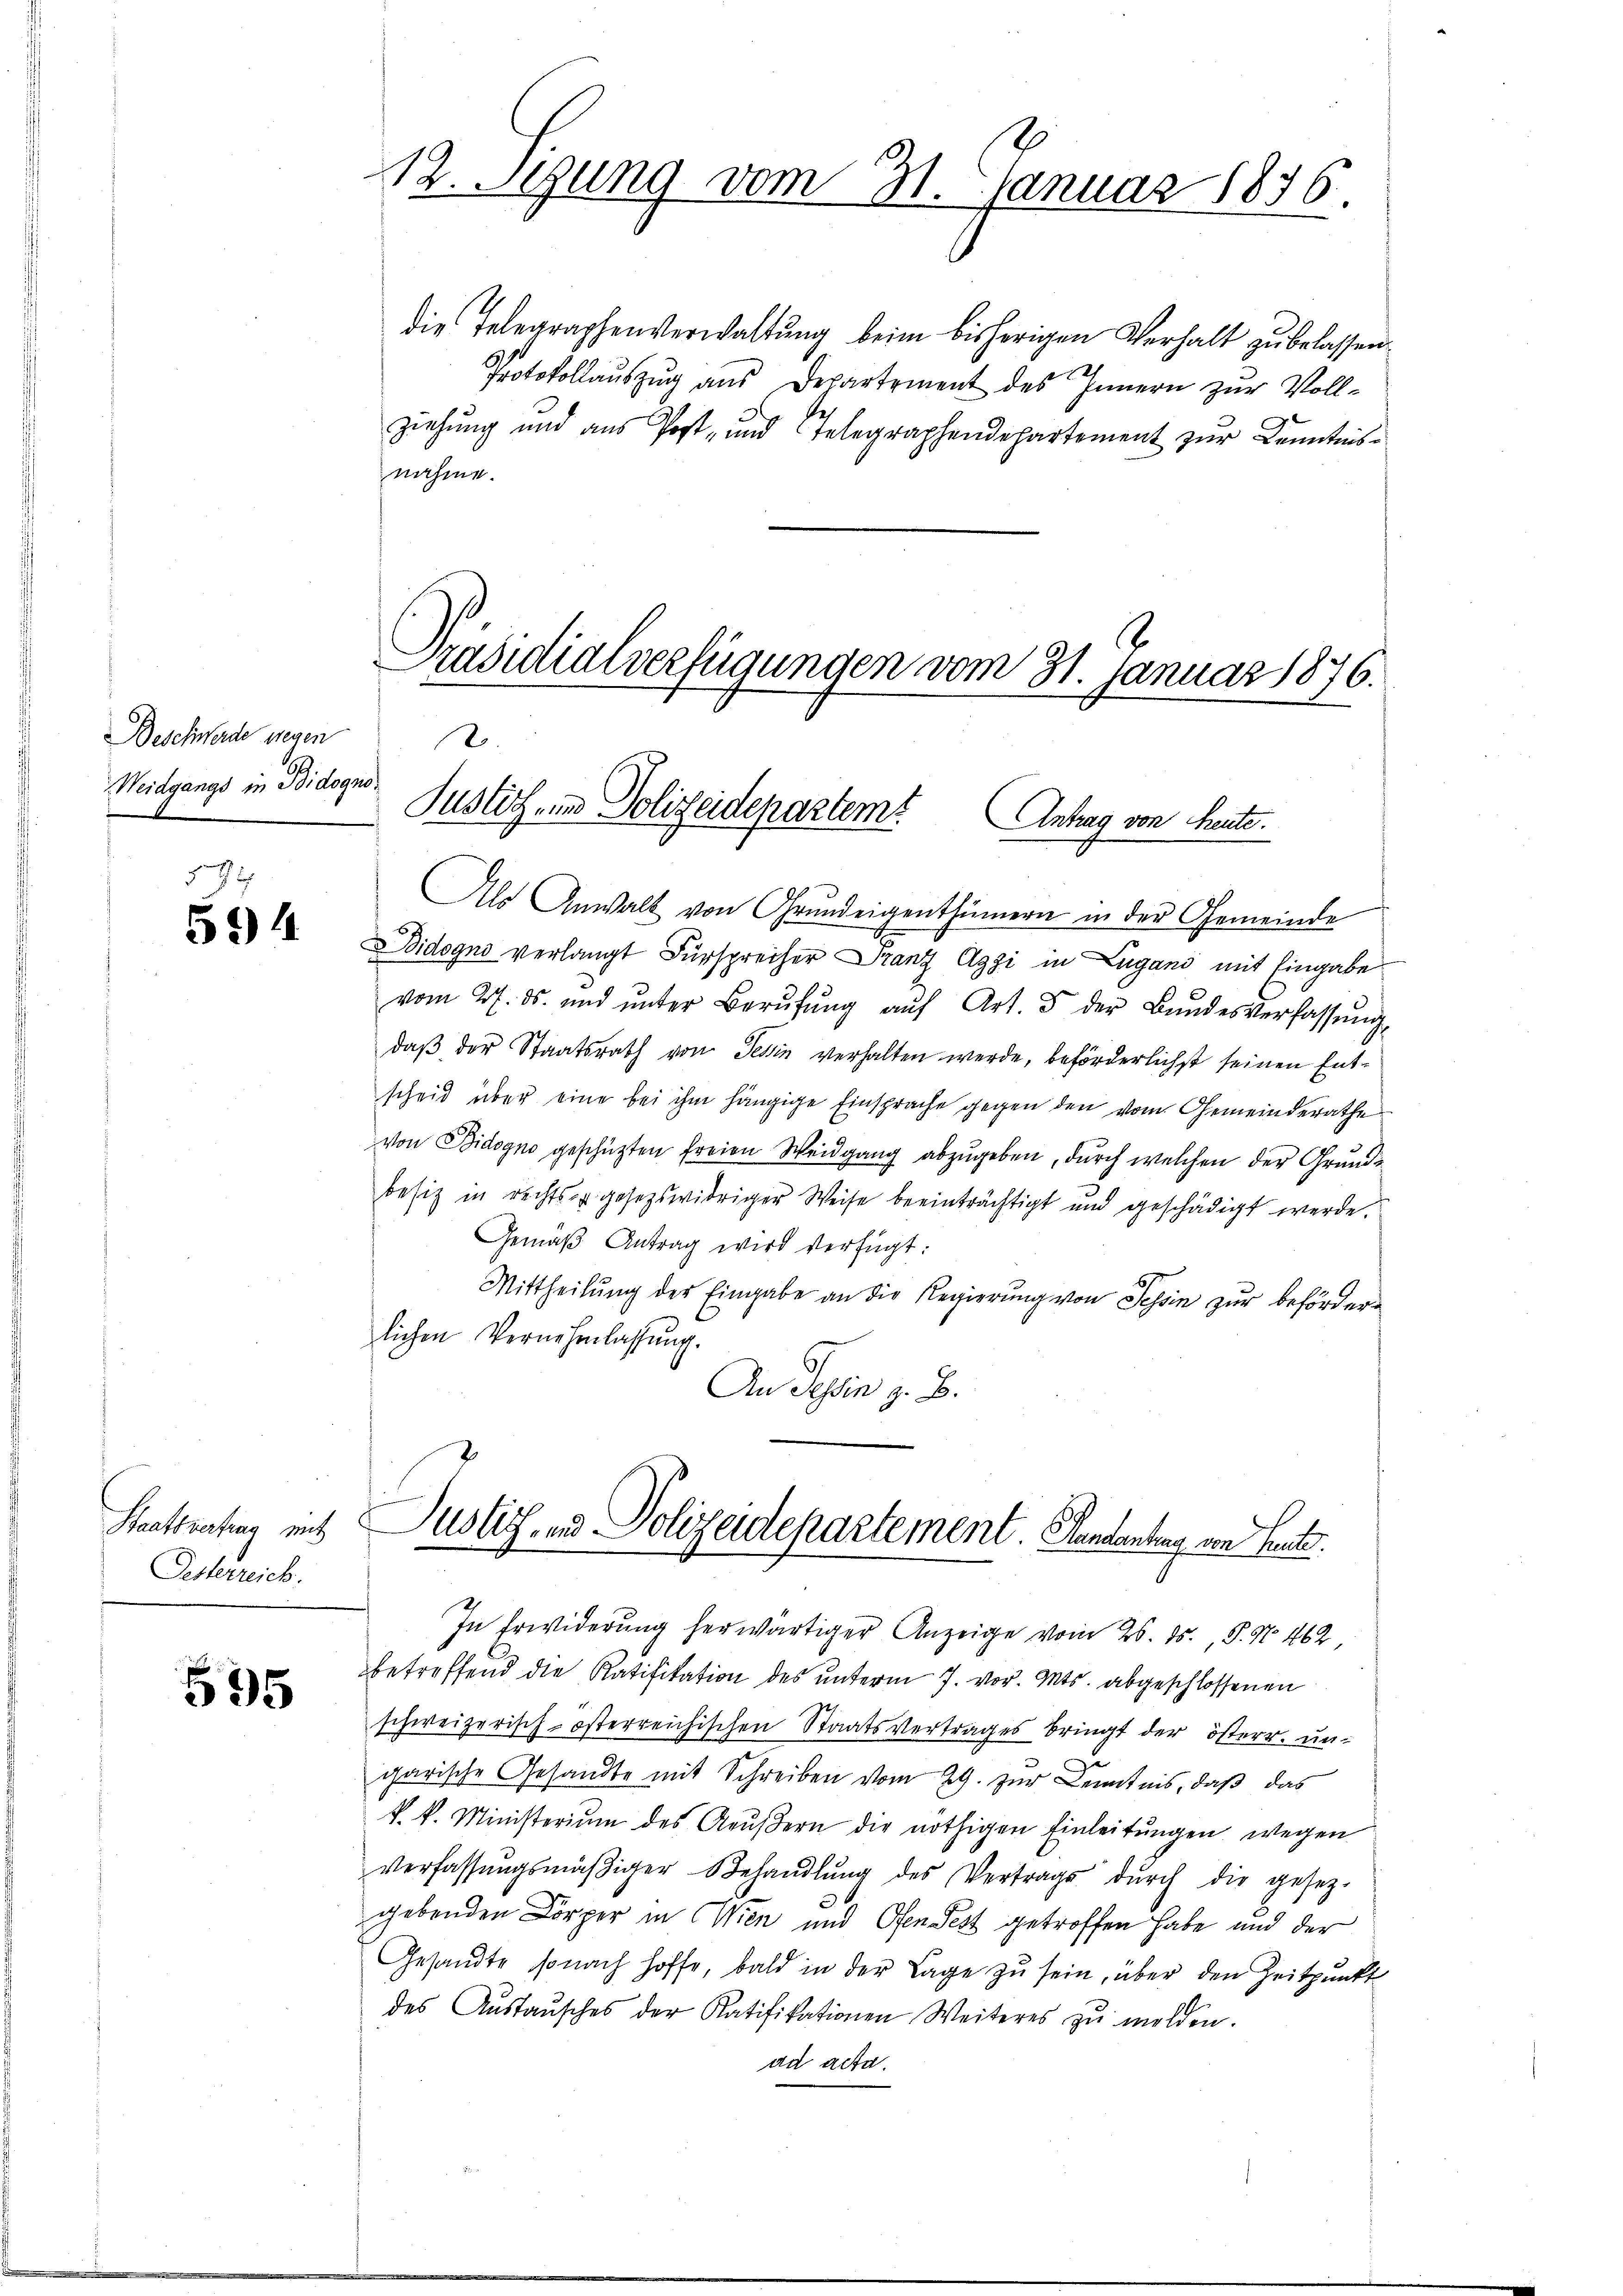
Beschwerde wegen
Weidgangs in Bidogno

598
594

Staatsvertung mit
Oesterreich.

535

die Telegraphenverwaltŭng beim bisherigen Verhalt zu belassen.
Protokollaŭszŭg ans Departement des Innern zur Voll-
ziehung und aus Post- und Telegraphendepartement zur Kenntnisnahme.
Präsidialverfügungen vom 31. Januar 1876.

12. Seung vom 31. Januar 1836.

.
Justiz- und Polizeidepartem Antrag von Heute.

Als Anwalt von Grundeigenthümern in der Gemeinde
Didogno verlangt Fürsprecher Franz Aggi in Lugano mit Eingabe
vom 27. ds. und ŭnter Berŭfŭng aŭf Art. 5 der Bŭndesverfassŭng
daß der Staatsrath von Tessin verhalten werde, beförderlichst seinen Entscheid über eine bei ihm hängige Einsprache gegen den vom Gemeinderathe
von Didogno geschüzten freien Weidgang abzugeben, durch welchen der Grundbesitz in rechts gesetztwidriger Weise beeinträchtigt und geschädigt werde.
Gemäβ Antrag wird verfügt:
Mittheilŭng der Eingabe an die Regierŭng von Tessin zŭr beförderlichen Vernehmlassung.
An Dein z. B.
Justiz- und Polizeidepartement. Handantung von Leute.
In Erwiderung herwärtiger Anzeige vom 26. ds., P. Nr. 462
betreffend die Ratifikation des unterm 7. vor. Mts. abgeschlossenen
schweizerisch-österreichischen Staatsvertrages bringt der österr. un-
garische Gesandte mit Schreiben vom 29. zur Kenntnis, daß das
k. k. Ministerium des Aŭβern die nöthigen Einleitungen wegen
Verfassŭngsmäβiger Behandlŭng des Vertrags dŭrch die gesez-
gebenden Körper in Wien und Ofen Pest getroffen habe und der
Gesandte sonach hoffe, bald in der Lage zŭ sein, über den Zeitpunkt
des Aŭstaŭsches der Ratifikationen Weiteres zŭ melden.
ad acta.